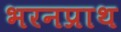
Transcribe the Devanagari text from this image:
भरनप्राथ